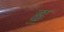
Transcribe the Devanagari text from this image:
ह॒